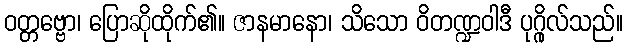
ဝတ္တဗ္ဗော၊ ပြောဆိုထိုက်၏။ ဇာနမာနော၊ သိသော ဝိတဏ္ဍဝါဒီ ပုဂ္ဂိုလ်သည်။